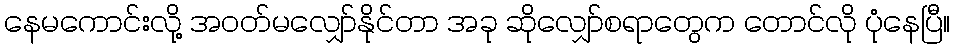
နေမကောင်းလို့ အဝတ်မလျှော်နိုင်တာ အခု ဆိုလျှော်စရာတွေက တောင်လို ပုံနေပြီ။